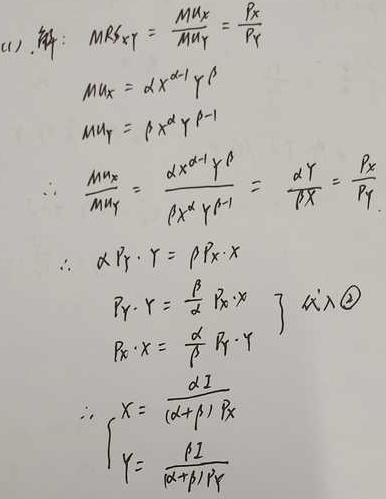
(1). 解：\(MRS_{XY}=\frac{MU_X}{MU_Y}=\frac{P_X}{P_Y}\)
\[
\begin{align*}
MU_X& = \alpha x^{\alpha - 1}y^{\beta}\\
MU_Y&=\beta x^{\alpha}y^{\beta - 1}\\
\therefore\frac{MU_X}{MU_Y}&=\frac{\alpha x^{\alpha - 1}y^{\beta}}{\beta x^{\alpha}y^{\beta - 1}}=\frac{\alpha y}{\beta x}=\frac{P_X}{P_Y}\\
\therefore\alpha P_Y\cdot y&=\beta P_X\cdot x\\
\begin{cases}
P_Y\cdot y=\frac{\beta}{\alpha}P_X\cdot x\\
P_X\cdot x=\frac{\alpha}{\beta}P_Y\cdot y
\end{cases}\\
\therefore\begin{cases}
x = \frac{\alpha I}{(\alpha+\beta)P_X}\\
y=\frac{\beta I}{(\alpha + \beta)P_Y}
\end{cases}
\end{align*}
\]